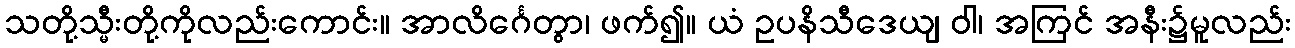
သတို့သ္မီးတို့ကိုလည်းကောင်း။ အာလိင်္ဂေတွာ၊ ဖက်၍။ ယံ ဥပနိသီဒေယျ ဝါ၊ အကြင် အနီး၌မူလည်း